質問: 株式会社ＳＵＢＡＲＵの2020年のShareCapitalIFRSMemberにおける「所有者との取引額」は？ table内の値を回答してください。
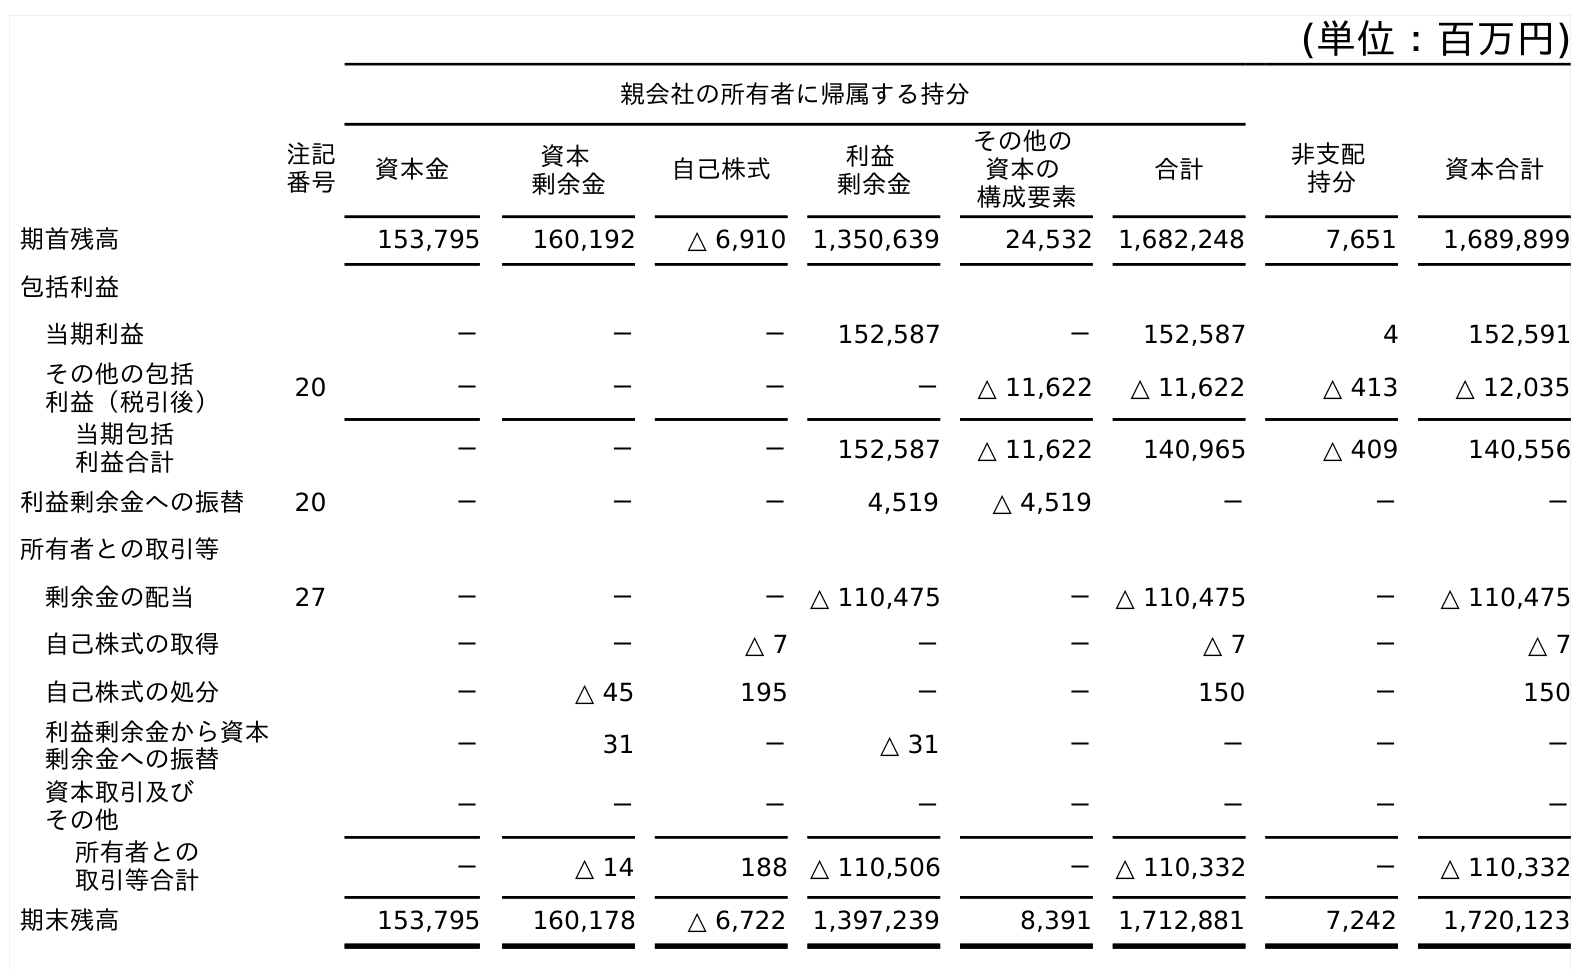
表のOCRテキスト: (単位：百万円) 親会社の所有者に帰属する持分 注記 番号 資本金 資本 剰余金 自己株式 利益 剰余金 その他の 資本の 構成要素 合計 非支配 持分 資本合計 期首残高 153,795 160,192 △ 6,910 1,350,639 24,532 1,682,248 7,651 1,689,899 包括利益 当期利益 － － － 152,587 － 152,587 4 152,591 その他の包括 利益（税引後） 20 － － － － △ 11,622 △ 11,622 △ 413 △ 12,035 当期包括 利益合計 － － － 152,587 △ 11,622 140,965 △ 409 140,556 利益剰余金への振替 20 － － － 4,519 △ 4,519 － － － 所有者との取引等 剰余金の配当 27 － － － △ 110,475 － △ 110,475 － △ 110,475 自己株式の取得 － － △ 7 － － △ 7 － △ 7 自己株式の処分 － △ 45 195 － － 150 － 150 利益剰余金から資本 剰余金への振替 － 31 － △ 31 － － － － 資本取引及び その他 － － － － － － － － 所有者との 取引等合計 － △ 14 188 △ 110,506 － △ 110,332 － △ 110,332 期末残高 153,795 160,178 △ 6,722 1,397,239 8,391 1,712,881 7,242 1,720,123
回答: －